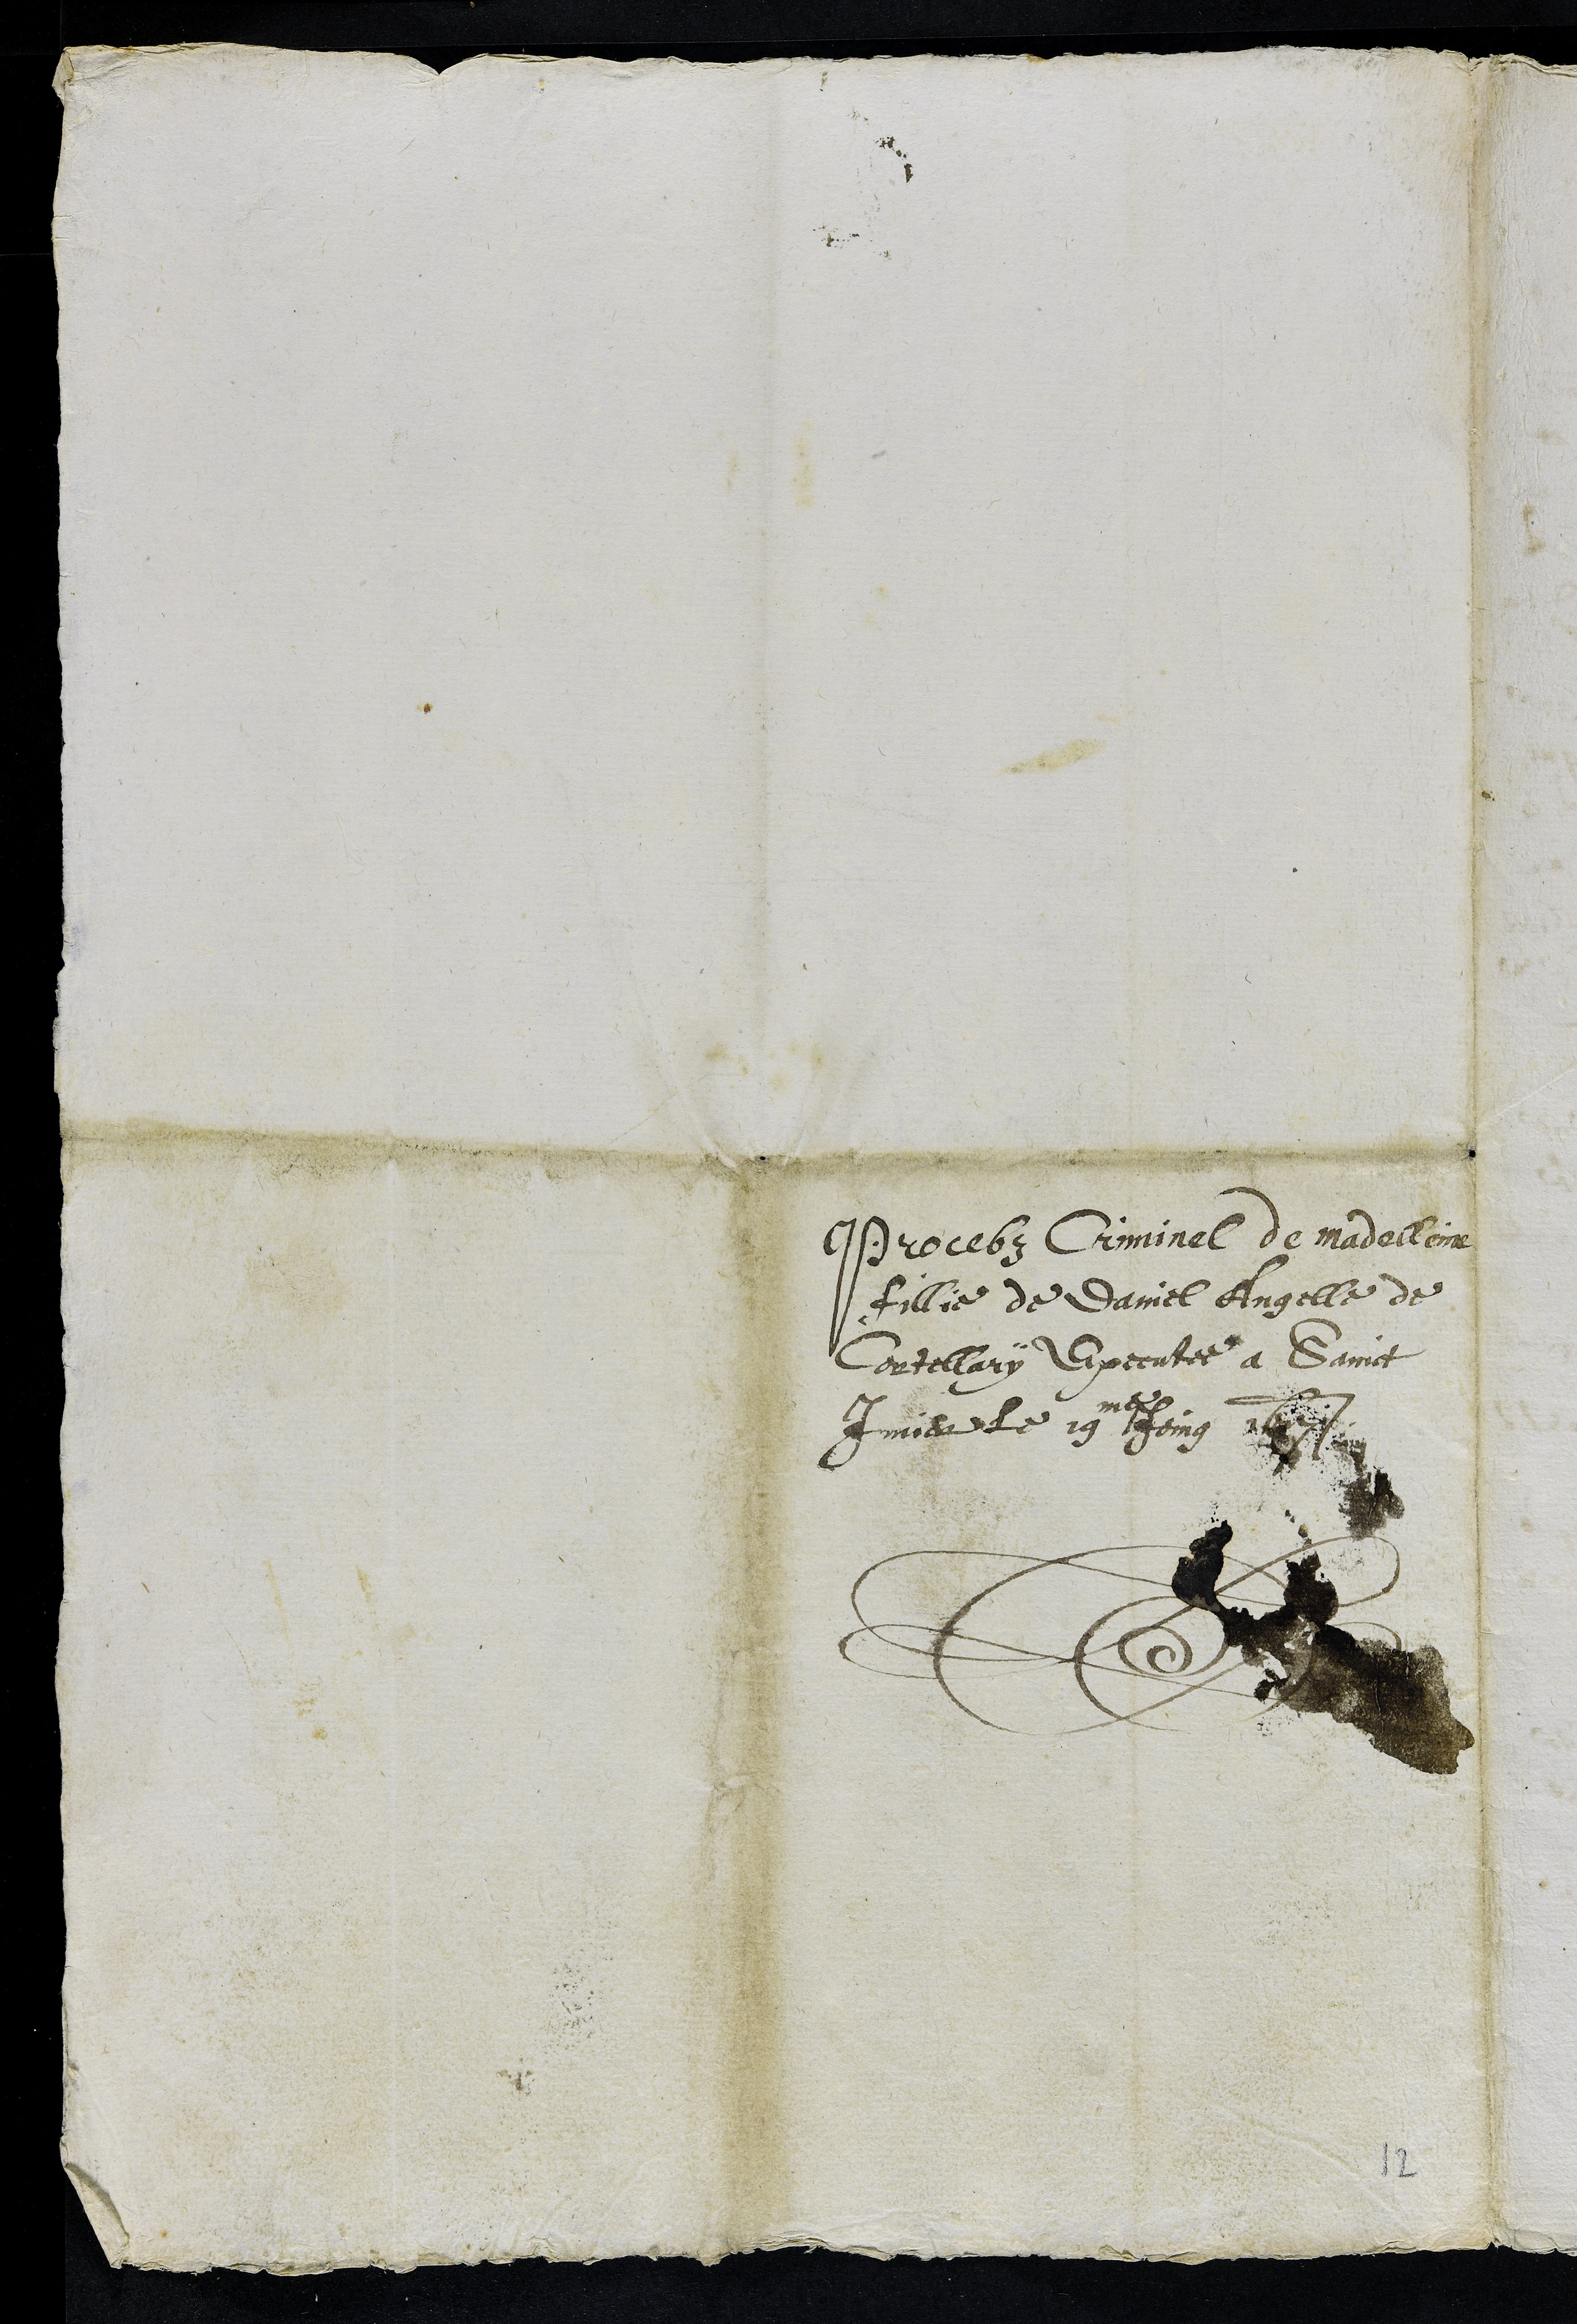
Procebz Criminel de Madelleine
fillie de Daniel Angelle de
Cortellary Executee a Sainct
Imier le 19me Joing 1617
12